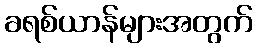
ခရစ်ယာန်များအတွက်